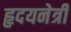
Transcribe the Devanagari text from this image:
हृदयनेत्री